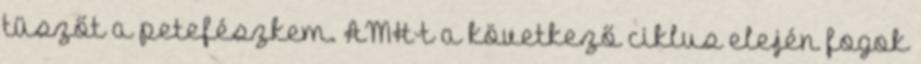
tüszőt a petefészkem. AMH-t a következő ciklus elején fogok